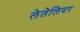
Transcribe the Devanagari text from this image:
लेतेलियर